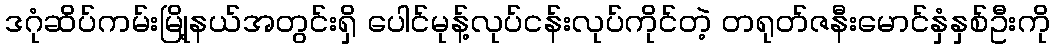
ဒဂုံဆိပ်ကမ်းမြို့နယ်အတွင်းရှိ ပေါင်မုန့်လုပ်ငန်းလုပ်ကိုင်တဲ့ တရုတ်ဇနီးမောင်နှံနှစ်ဦးကို